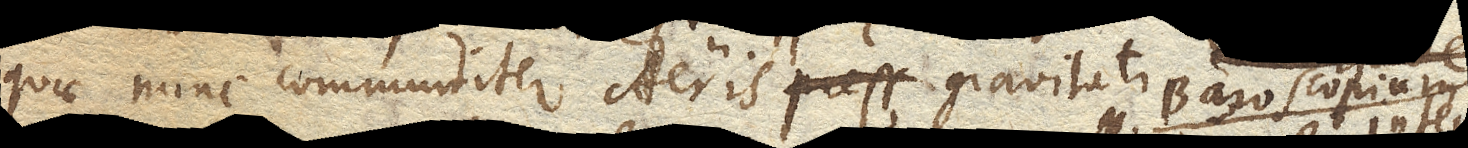
quae nunc communiter Aeris gravitati